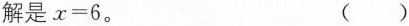
解是$$x = 6$$。 ()